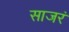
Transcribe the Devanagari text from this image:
साजरं